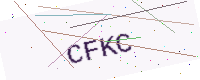
Text: CFKC